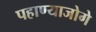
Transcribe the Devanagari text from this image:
पहाण्याजोगे